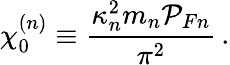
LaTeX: \chi_{0}^{(n)}\equiv\frac{\kappa_{n}^{2}m_{n}{\cal P}_{Fn}}{\pi^{2}}\, .